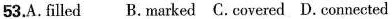
53.A.filled B.marked C. covered D. connected